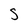
Character: S